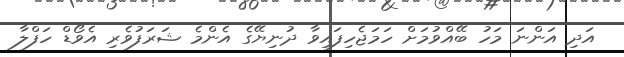
އަދި އަންނަ މަހު ބޭއްވުމަށް ހަމަޖެހިފައިވާ ދުނިޔޭގެ އެންމެ ޝަރަފުވެރި އެވޯޑް ހަފްލާ